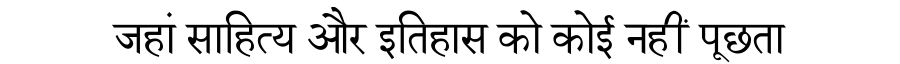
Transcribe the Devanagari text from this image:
जहां साहित्य और इतिहास को कोई नहीं पूछता